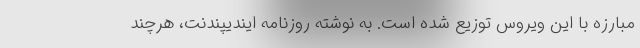
مبارزه با این ویروس توزیع شده‌ است. به نوشته روزنامه ایندیپندنت، هرچند